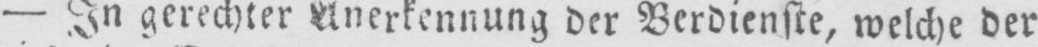
- In gerechter Anerkennung der Verdienste, welche der